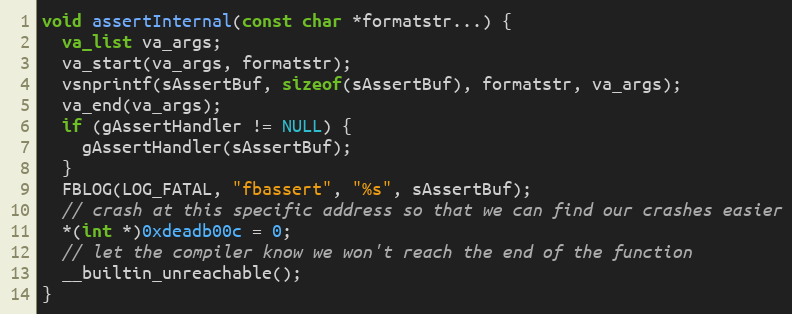
Language: C++
void assertInternal(const char *formatstr...) {
  va_list va_args;
  va_start(va_args, formatstr);
  vsnprintf(sAssertBuf, sizeof(sAssertBuf), formatstr, va_args);
  va_end(va_args);
  if (gAssertHandler != NULL) {
    gAssertHandler(sAssertBuf);
  }
  FBLOG(LOG_FATAL, "fbassert", "%s", sAssertBuf);
  // crash at this specific address so that we can find our crashes easier
  *(int *)0xdeadb00c = 0;
  // let the compiler know we won't reach the end of the function
  __builtin_unreachable();
}